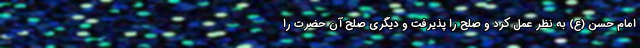
امام حسن (ع) به نظر عمل کرد و صلح را پذیرفت و دیگری صلح آن حضرت را